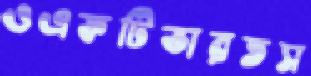
ওএফটিভারতস